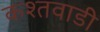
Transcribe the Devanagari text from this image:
कश्तवाडी